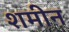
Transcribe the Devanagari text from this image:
शमीन